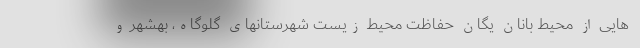
هایی از محیط بانان یگان حفاظت محیط زیست شهرستانهای گلوگاه، بهشهر و